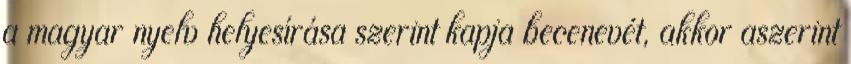
a magyar nyelv helyesírása szerint kapja becenevét, akkor aszerint